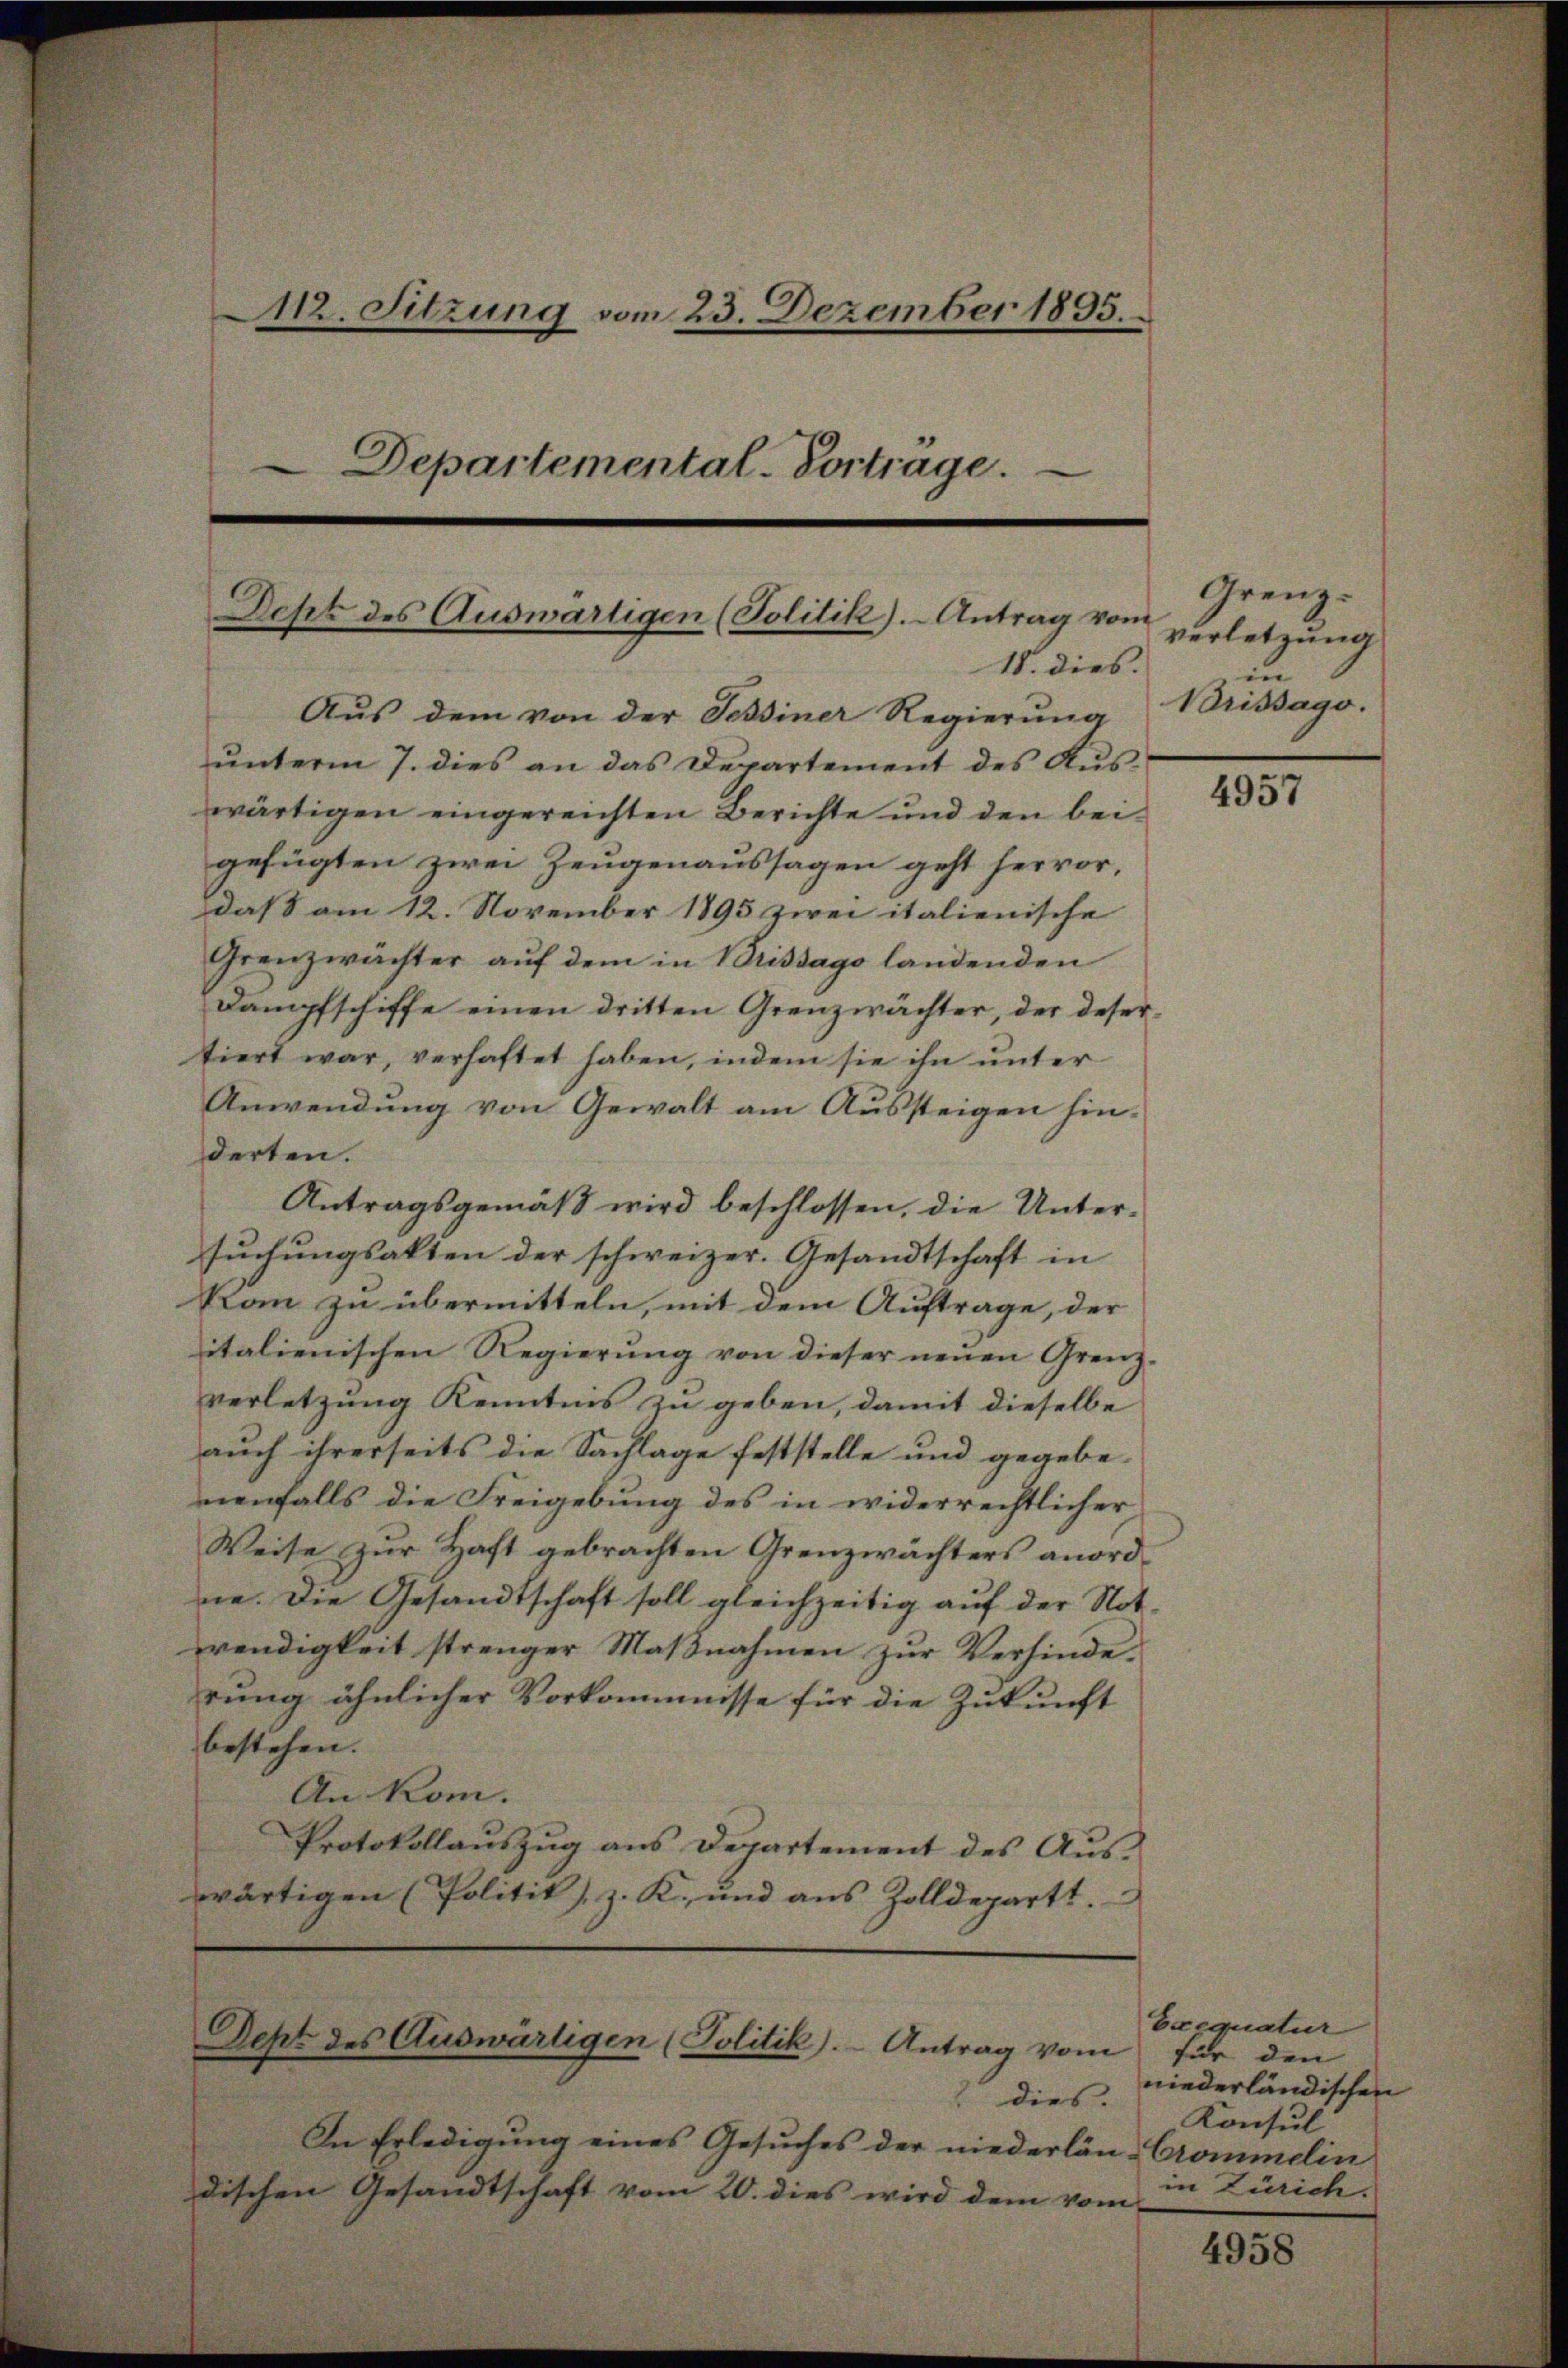
12. Sitzung vom 23. Dezember 1895.
Departemental-Vortrage.

Desek des Auswärtigen (Politik).- Antrag vom
18. dies

Aŭs dem von der Tessiner Regierŭng Brissago.
unterm 7. dies an das Departement des Auswärtigen eingereichten Berichte und den beigefügten zwei Zeugenaussagen geht hervor,
daß am 12. November 1895 zwei italienische
Grenzwächter auf dem in Brissago landenden
Dampfschiffe einen dritten Grenzwächter, der desertiert war, verhaftet haben, indem sie ihn unter
Anwendung von Gewalt am Aussteigen hinderten.
Antragsgemäß wird beschlossen, die Untersuchungsakten der schweizer. Gesandtschaft in
kam zu übermitteln, mit dem Auftrage, der
italienischen Regierung von dieser neuen Grenz-
verletzung Kenntnis zu geben, damit dieselbe
auch ihrerseits die Sachlage feststelle und gegebemenfalls die Freigebung des in widerrechtlicher
Weise zur Haft gebrachten Grenzwächters anordne. Die Gesandtschaft soll gleichzeitig auf der Not-
wendigkeit strenger Maβnahmen zŭr Verhinde-
rung ähnlicher Vorkommnisse für die Zukunft
bestehen. |
An Kom.
Protokollauszug aus Departement des Auswärtigen (Politik), z. K. und aus Zolldepartt.

Dept des Auswärtigen (Politik). Antrag vom

" dies
In Erledigung eines Gesuches der niederlän-Crommelin
dischen Gesandtschaft vom 20. dies wird dem vom

Grenz.
verletzung
in

4957

Exequatur
für den
niederländischen
Konsul
in Zürich.

4958